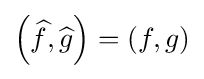
\left({\widehat {f}},{\widehat {g}}\right)=(f,g)